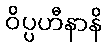
ဝိပ္ပဟီနာနိ